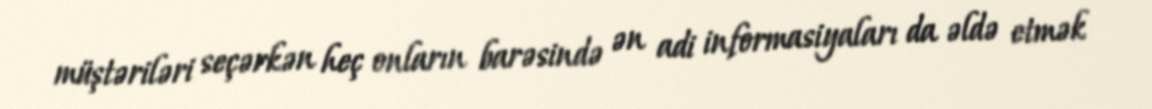
müştəriləri seçərkən heç onların barəsində ən adi informasiyaları da əldə etmək